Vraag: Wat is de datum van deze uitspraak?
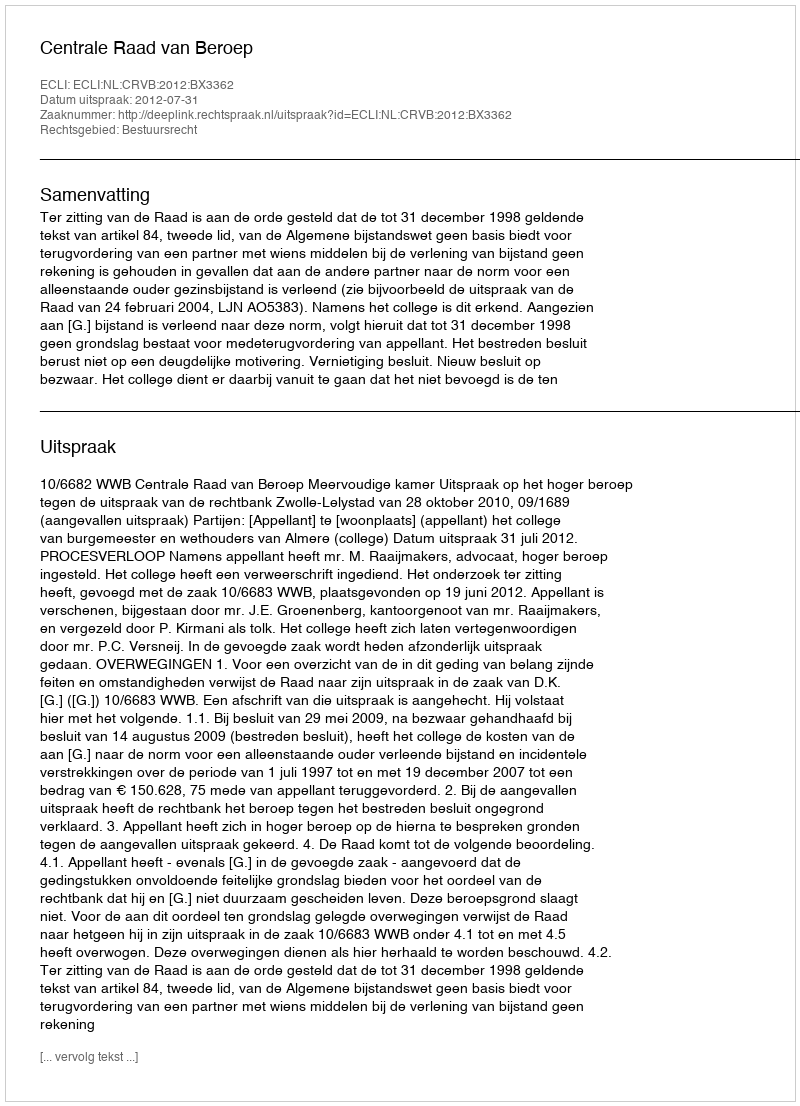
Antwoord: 2012-07-31